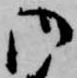
御